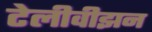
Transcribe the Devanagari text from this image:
टेलीवीझन